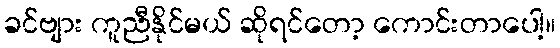
ခင်ဗျား ကူညီနိုင်မယ် ဆိုရင်တော့ ကောင်းတာပေါ့။